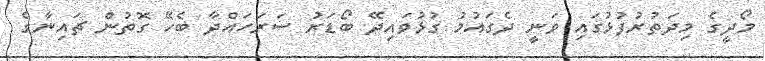
މޯދީގެ މިދަތުރުފުޅުގައި ވަނީ ދެގައުމު ގުޅުވައިދޭ ބޯޑަރު ސަރަހައްދާ ބެހޭ ގޮތުން ޗައިނާގެ